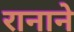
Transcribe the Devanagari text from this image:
रानाने